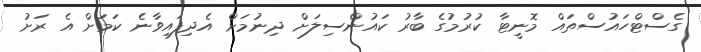
ގެސްޓްހައުސްތައް މޮނީޓާ ކުރުމުގެ ބާރު ކައުންސިލަށް ދިނުމަށް އެދިފައިވާނެ ކަމަށް އެ ރަށު